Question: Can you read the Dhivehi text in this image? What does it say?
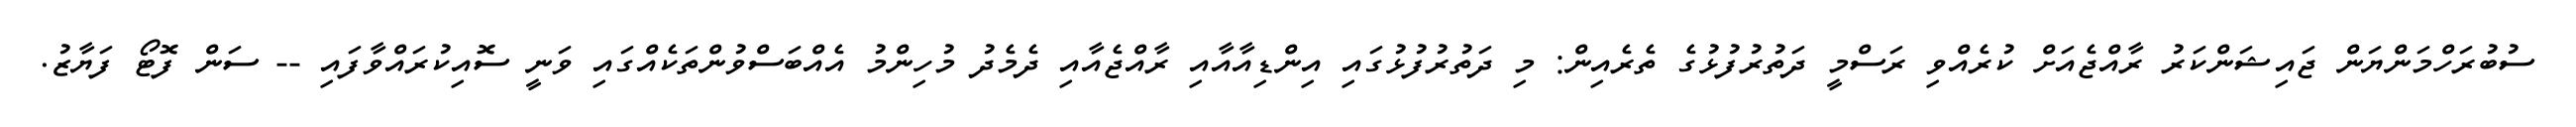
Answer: ސުބުރަހްމަންޔަން ޖައިޝަންކަރު ރާއްޖެއަށް ކުރެއްވި ރަސްމީ ދަތުރުފުޅުގެ ތެރެއިން: މި ދަތުރުފުޅުގައި އިންޑިއާއާއި ރާއްޖެއާއި ދެމެދު މުހިންމު އެއްބަސްވުންތަކެއްގައި ވަނީ ސޮއިކުރައްވާފައި -- ސަން ފޮޓޯ ފަޔާޒު.